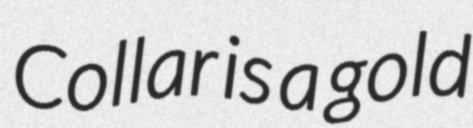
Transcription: Collar is a gold